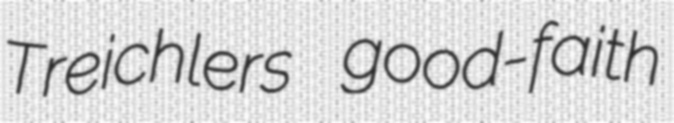
Treichlers good-faith